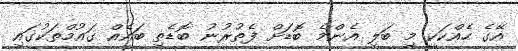
އޭގެ ހެއްކަކީ މި ބަލި އެންމެ ބޮޑަށް ފެތުރުނު ބޮޑެތި ބައެއް ގައުމްތަކުގައި